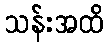
သန်းအထိ